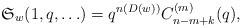
\begin{gather*}\mathfrak{S}_{w}(1,q,\ldots)= q^{n(D(w))} C_{n-m+k}^{(m)}(q),\end{gather*}